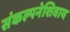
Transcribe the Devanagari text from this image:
संकल्पनेशिवाय